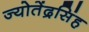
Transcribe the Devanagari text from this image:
ज्योतेंद्रसिंह